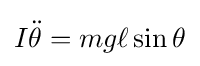
I{\ddot {\theta }}=mg\ell \sin \theta \,\!